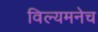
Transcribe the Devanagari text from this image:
विल्यमनेच